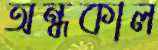
অন্ধকাল